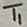
Text: T1